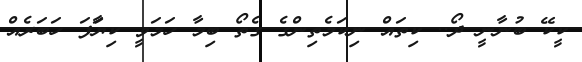
ކީކޭ ބުނާނީ ދޯ.. ކިތައް ނިކަމެތިންގެ ގެތޯ ބިމާ ހަމަވީ ކިޔަާފަ ހަބަރެއް